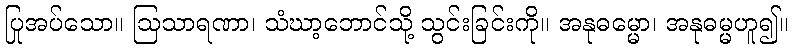
ပြုအပ်သော။ ဩသာရဏာ၊ သံဃာ့ဘောင်သို့ သွင်းခြင်းကို။ အနုဓမ္မော၊ အနုဓမ္မဟူ၍။